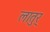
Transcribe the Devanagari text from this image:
लातुर्